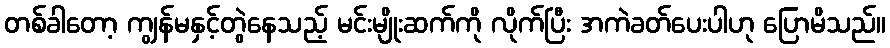
တစ်ခါတော့ ကျွန်မနှင့်တွဲနေသည့် မင်းမျိုးဆက်ကို လိုက်ပြီး အကဲခတ်ပေးပါဟု ပြောမိသည်။